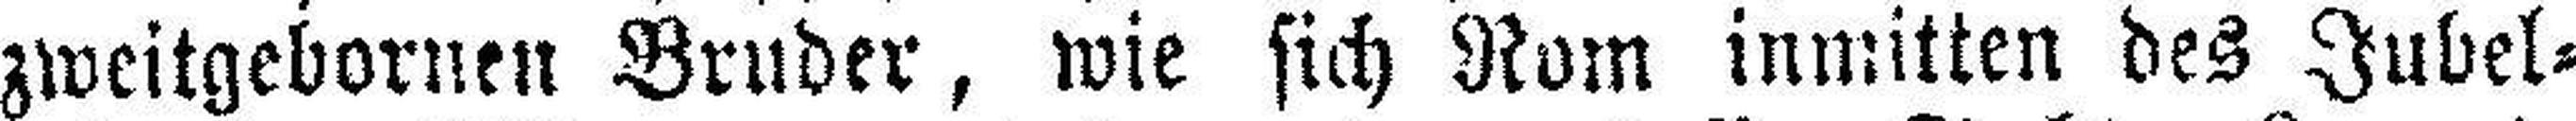
zweitgebornen Bruder, wie sich Rom inmitten des Jubel¬